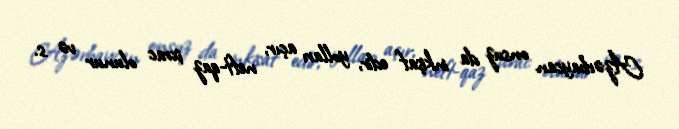
Azərbaycan onsuz da inkişaf edir, yolları açır, neft-qaz ixrac olunur və s.